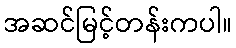
အဆင်မြင့်တန်းကပါ။